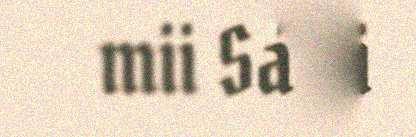
mii Sámi